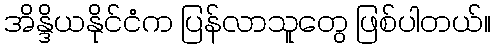
အိန္ဒိယနိုင်ငံက ပြန်လာသူတွေ ဖြစ်ပါတယ်။